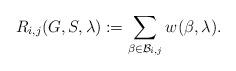
LaTeX: \begin{align*}R_{i,j}(G,S,\lambda):=\sum_{\beta\in\mathcal{B}_{i,j}}w(\beta,\lambda).\end{align*}